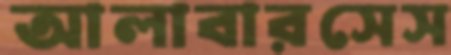
আলাবারসেস